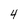
Character: 4